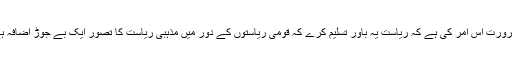
ضرورت اس امر کی ہے کہ ریاست یہ باور تسلیم کرے کہ قومی ریاستوں کے دور میں مذہبی ریاست کا تصور ایک بے جوڑ اضافہ ہے۔